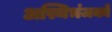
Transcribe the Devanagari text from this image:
अस्थिभंजकों